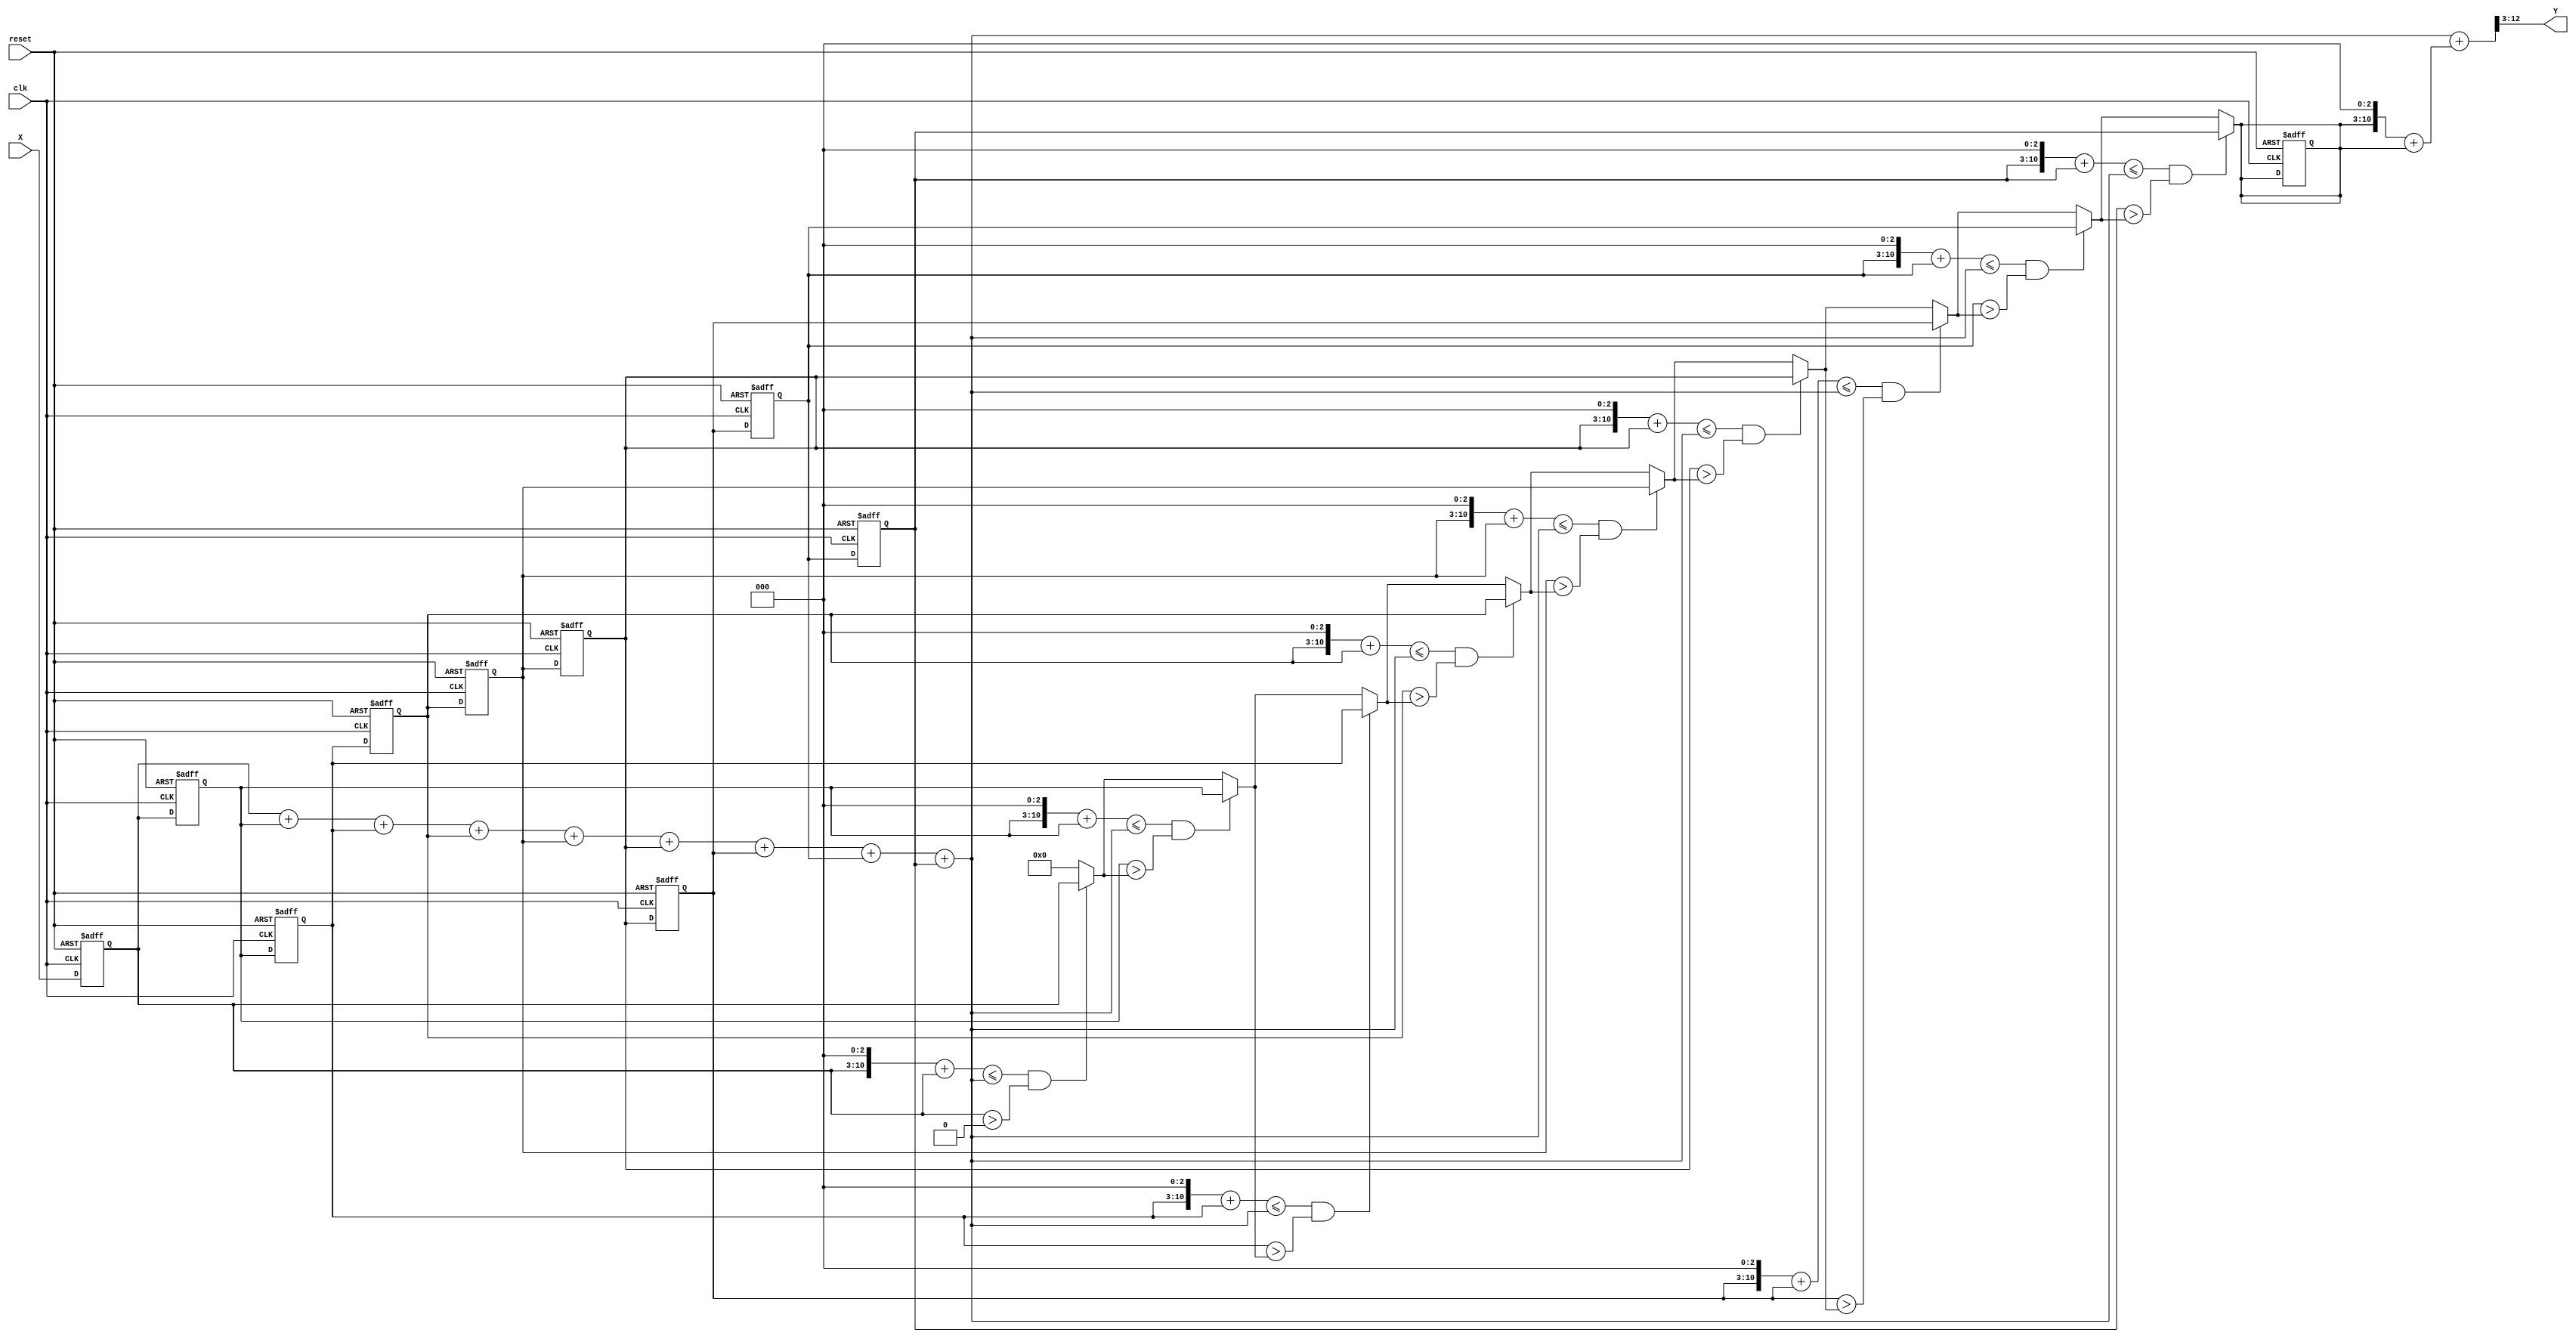
`timescale 1ns/10ps
/*
 * IC Contest Computational System (CS)
*/
module CS(Y, X, reset, clk);

input clk, reset; 
input [7:0] X;
output [9:0] Y;

reg [7:0]temp [0:8];
wire [12:0] sum_temp;
reg [7:0] temp_appr;

integer i;

assign Y=(sum_temp+((temp_appr<<3)+temp_appr))>>3;
assign sum_temp = (temp[0]+temp[1]+temp[2]+temp[3]+temp[4]+temp[5]+temp[6]+temp[7]+temp[8]);


always @(sum_temp) begin
    temp_appr=0;
    for(i=0;i<9;i=i+1)begin
        if(((temp[i]<<3)+temp[i])<=sum_temp && (temp[i]>temp_appr))begin
            temp_appr = temp[i];
        end
        else begin
        end
    end
end

always@(posedge clk or posedge reset)begin
    if(reset)begin
        i<=0;
        temp_appr<=8'b11111111;
        temp[0]<=0;
        temp[1]<=0;
        temp[2]<=0;
        temp[3]<=0;
        temp[4]<=0;
        temp[5]<=0;
        temp[6]<=0;
        temp[7]<=0;
        temp[8]<=0;
    end
    else begin
        temp[0]<=X;
        temp[1]<=temp[0];
        temp[2]<=temp[1];
        temp[3]<=temp[2];
        temp[4]<=temp[3];
        temp[5]<=temp[4];
        temp[6]<=temp[5];
        temp[7]<=temp[6];
        temp[8]<=temp[7];
    end
end

 
endmodule